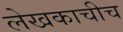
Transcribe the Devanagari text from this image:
लेखकाचीच